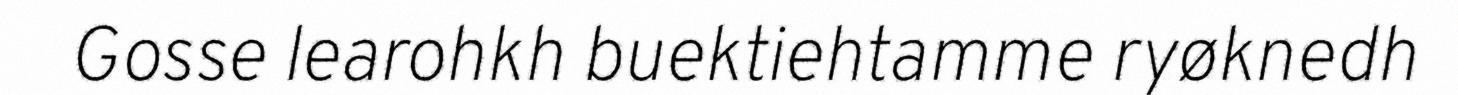
Gosse learohkh buektiehtamme ryøknedh